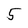
Character: 5